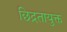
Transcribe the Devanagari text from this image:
छिद्रतायुक्त